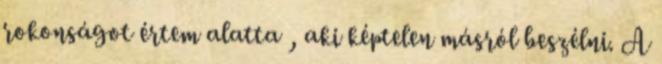
rokonságot értem alatta , aki képtelen másról beszélni. A